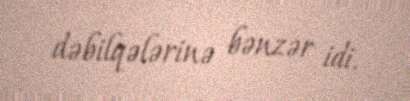
dəbilqələrinə bənzər idi.